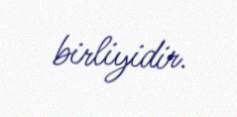
birliyidir.